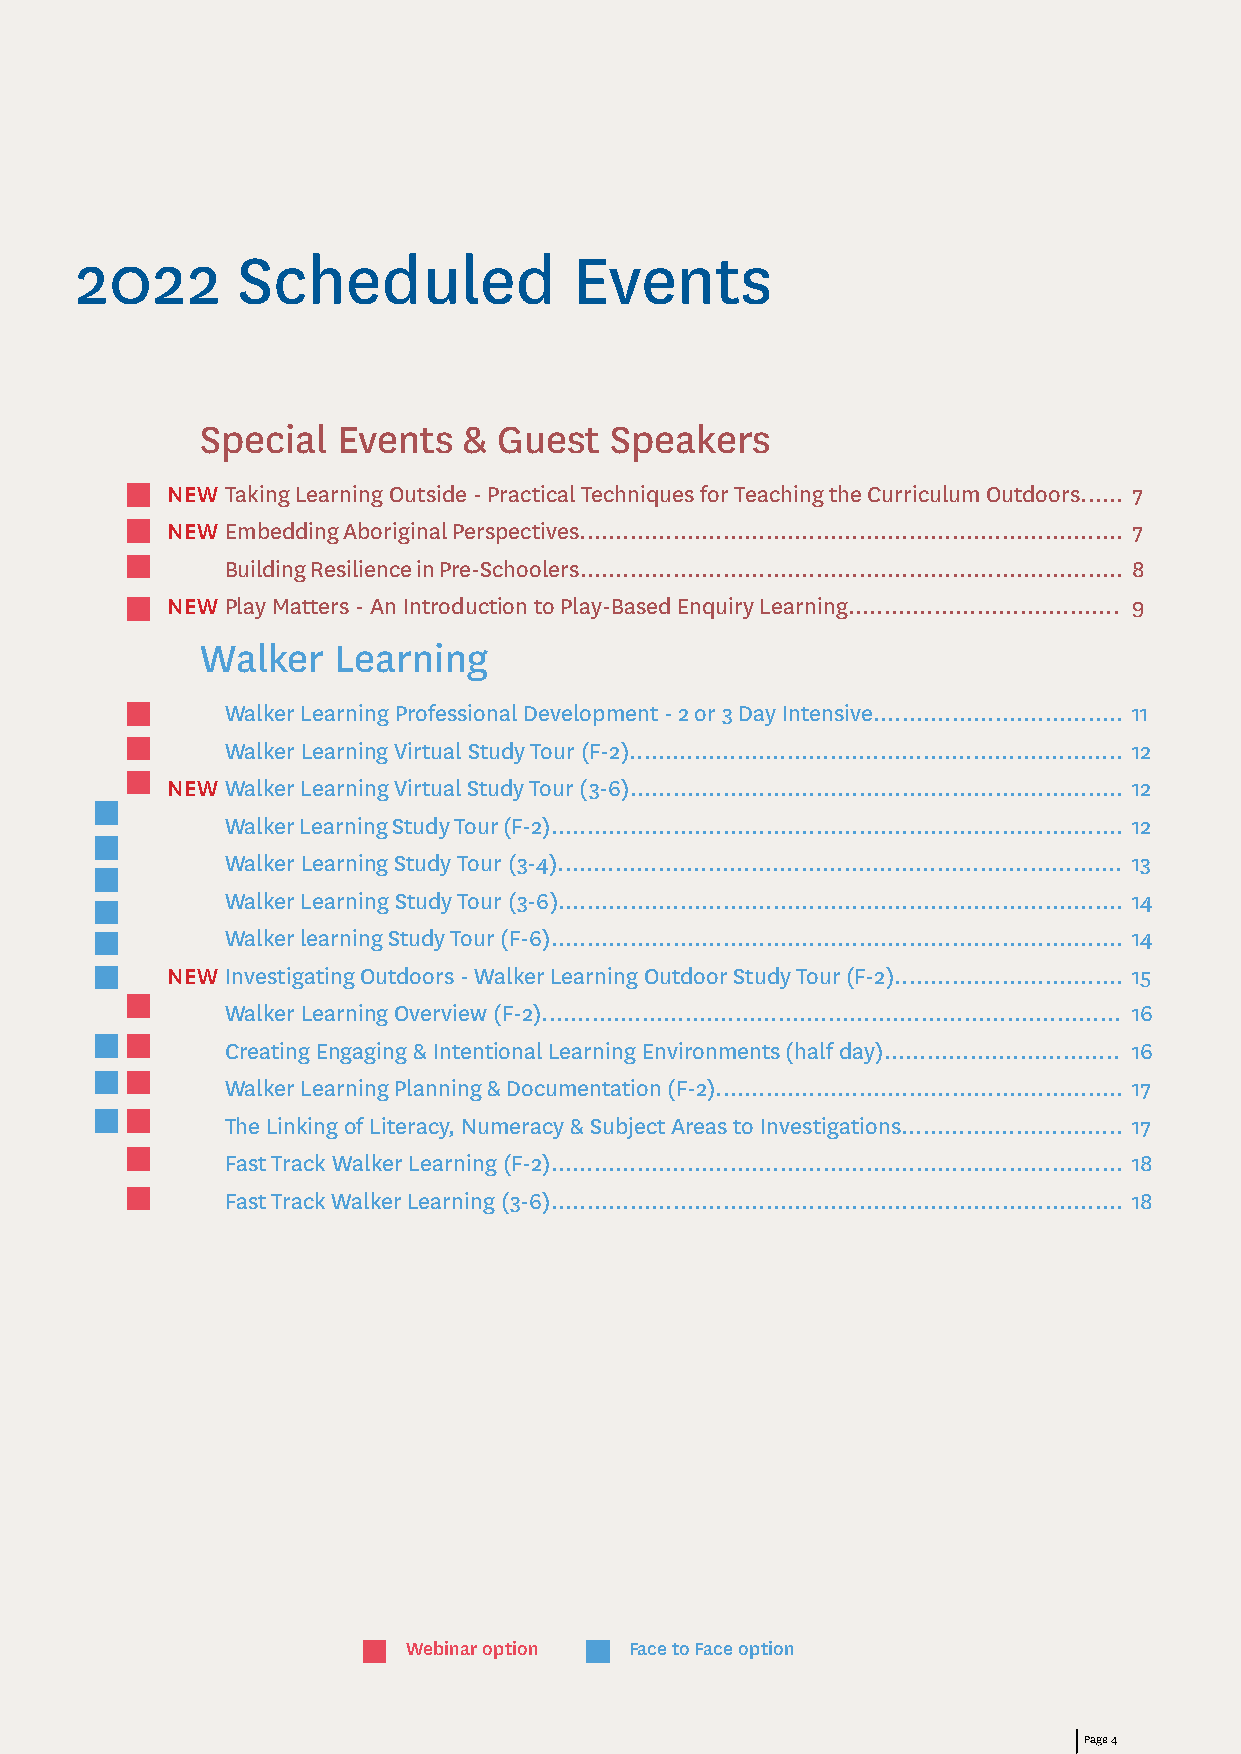
2022       Scheduled             Events
 Special  Events   & Guest  Speakers
 NEW Taking Learning Outside - Practical Techniques for Teaching the Curriculum Outdoors...... 7
 NEW Embedding Aboriginal Perspectives............................................................................ 7
 Building Resilience in Pre-Schoolers............................................................................ 8
 NEW Play Matters - An Introduction to Play-Based Enquiry Learning...................................... 9
 Walker   Learning
 Walker Learning Professional Development - 2 or 3 Day Intensive................................... 11
 Walker Learning Virtual Study Tour (F-2)..................................................................... 12
 NEW Walker Learning Virtual Study Tour (3-6)..................................................................... 12
 Walker Learning Study Tour (F-2)................................................................................ 12
 Walker Learning Study Tour (3-4)............................................................................... 13
 Walker Learning Study Tour (3-6)............................................................................... 14
 Walker learning Study Tour (F-6)................................................................................ 14
 NEW Investigating Outdoors - Walker Learning Outdoor Study Tour (F-2)................................ 15
 Walker Learning Overview (F-2)................................................................................. 16
 Creating Engaging & Intentional Learning Environments (half day)................................. 16
 Walker Learning Planning & Documentation (F-2)......................................................... 17
 The Linking of Literacy, Numeracy & Subject Areas to Investigations............................... 17
 Fast Track Walker Learning (F-2)................................................................................ 18
 Fast Track Walker Learning (3-6)................................................................................ 18
 Webinar option Face to Face option
 Page 4